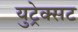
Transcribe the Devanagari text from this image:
युट्रेक्सट